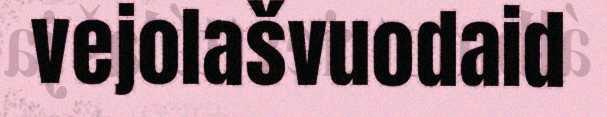
vejolašvuodaid